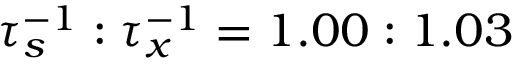
\tau _ { s } ^ { - 1 } : \tau _ { x } ^ { - 1 } = 1 . 0 0 : 1 . 0 3